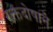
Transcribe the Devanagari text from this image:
रक्तदोषाने